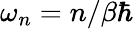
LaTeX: \omega_{n}=n/\beta\hbar